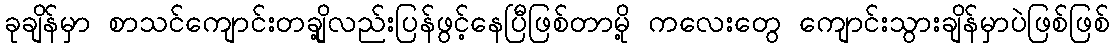
ခုချိန်မှာ စာသင်ကျောင်းတချို့လည်းပြန်ဖွင့်နေပြီဖြစ်တာမို့ ကလေးတွေ ကျောင်းသွားချိန်မှာပဲဖြစ်ဖြစ်